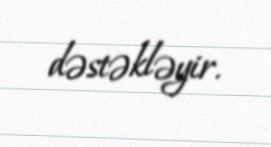
dəstəkləyir.